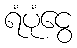
ရံပုံငွေ